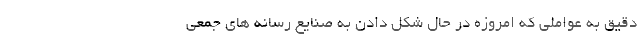
دقیق به عواملی که امروزه در حال شکل دادن به صنایع رسانه های جمعی